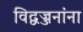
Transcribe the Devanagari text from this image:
विद्वज्जनांना